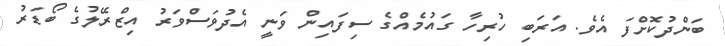
ބަންދުކޮށްފަ އެވެ. އަރަބި ހުރިހާ ގައުމެއްގެ ސިފައިން ވަނީ އެދުވަސްވަރު އިޒްރޭލުގެ ބޯޑަރު